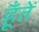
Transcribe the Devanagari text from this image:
हूँतें